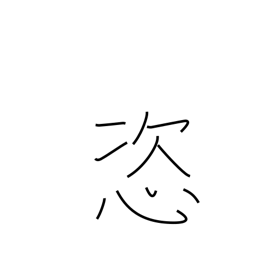
Meaning: arbitrary